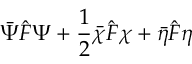
\bar { \Psi } \hat { F } \Psi + \frac 1 2 \bar { \chi } \hat { F } \chi + \bar { \eta } \hat { F } \eta